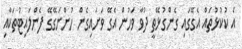
އެ ކުކުޅުތައް އެގޭގައި ގެންގުޅޭތީ ދުވާ ވަހުން އެގޭ ވަށައިގެން ހުންނަގޭގޭ ފެންލައިޓުތަކާއި